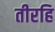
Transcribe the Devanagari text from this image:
तीरहि